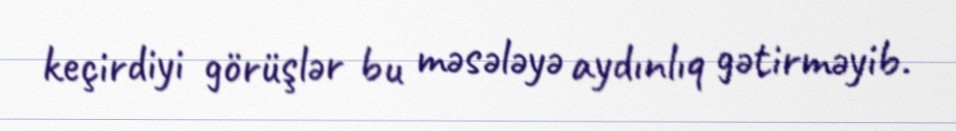
keçirdiyi görüşlər bu məsələyə aydınlıq gətirməyib.